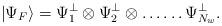
LaTeX: \begin{align*}\left| \Psi _{F}\right\rangle =\Psi _{1}^{\perp }\otimes \Psi _{2}^{\perp}\otimes \ldots \ldots \Psi _{N_{w}}^{\perp }.\end{align*}